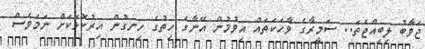
ޖަވާބު ލިބިއްޖެތަ.. ސަމީރާގެ ވާހަކަތައް އިވުމުން އޭނާގެ ހިތުގެ ހިނގުން އިރުކޮޅަކަށް ނަމަވެސް